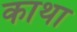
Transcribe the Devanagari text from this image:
काथा